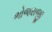
ભોજરાજી